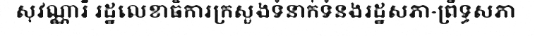
សុវណ្ណារី រដ្ឋលេខាធិការក្រសួងទំនាក់ទំនងរដ្ឋសភា-ព្រឹទ្ធសភា